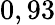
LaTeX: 0,93